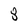
Character: 8